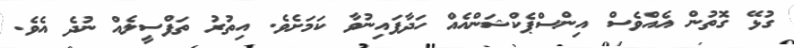
ގުޅޭ ގޮތުން އެއްވެސް އިންސްޕެކްޝަންއެއް ހަދާފައިނުވާ ކަމަށެވެ. އިތުރު ތަފްސީލެއް ނުދެ އެވެ.